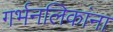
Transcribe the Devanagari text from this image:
गर्भनलिकांना